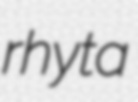
rhyta